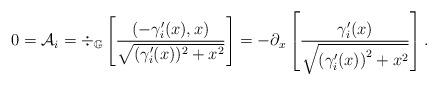
LaTeX: \begin{align*}0=\mathcal A_i=\div_{\mathbb G} \left[ \frac{(-\gamma'_i(x),x)}{\sqrt{(\gamma '_i(x))^2 + x^2} } \right]= - \partial_x \left[ \frac{\gamma'_i(x) }{ \sqrt{ \left(\gamma '_i(x) \right)^2 + x^2} }\right]. \end{align*}